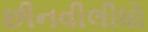
છીનવીલીધો